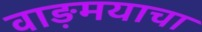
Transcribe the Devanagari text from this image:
वाङ़मयाचा